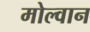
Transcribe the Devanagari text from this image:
मोल्वान